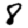
Digit: 8